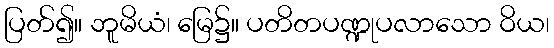
ပြတ်၍။ ဘူမိယံ၊ မြေ၌။ ပတိတပဏ္ဍုပလာသော ဝိယ၊